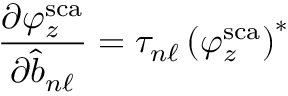
\frac { \partial \varphi _ { z } ^ { \mathrm { s c a } } } { \partial \hat { b } _ { n \ell } } = \tau _ { n \ell } \left( \varphi _ { z } ^ { \mathrm { s c a } } \right) ^ { * }